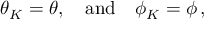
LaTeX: \theta _ { K } = \theta , ~ ~ ~ \mathrm { a n d } ~ ~ ~ \phi _ { K } = \phi \, ,